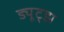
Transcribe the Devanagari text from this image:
ड्यूट्झ